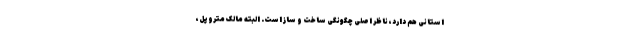
استانی هم دارد، ناظر اصلی چگونگی ساخت و ساز است. البته مالک متروپل،